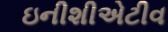
ઇનીશીએટીવ